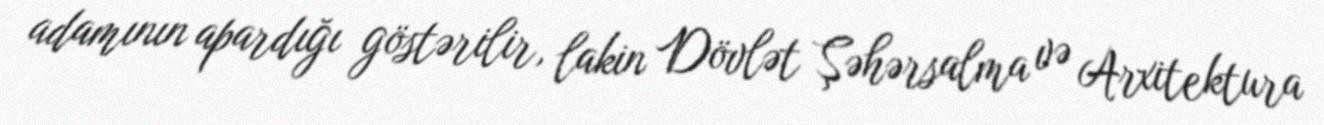
adamının apardığı göstərilir, lakin Dövlət Şəhərsalma və Arxitektura